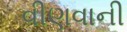
વીણવાની